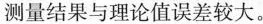
测量结果与论值误差较大。